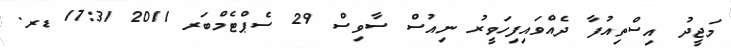
މަޖީދު އިސްތިއުފާ ދެއްވައިފިހަވީރު ނިއުސް ސާވިސް 29 ސެޕްޓެމްބަރ 2011 17:31 ޑރ.